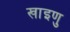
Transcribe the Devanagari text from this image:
खाइणु